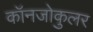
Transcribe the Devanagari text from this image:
कॉनजोकुलर